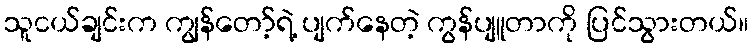
သူငယ်ချင်းက ကျွန်တော့်ရဲ့ ပျက်နေတဲ့ ကွန်ပျူတာကို ပြင်သွားတယ်။